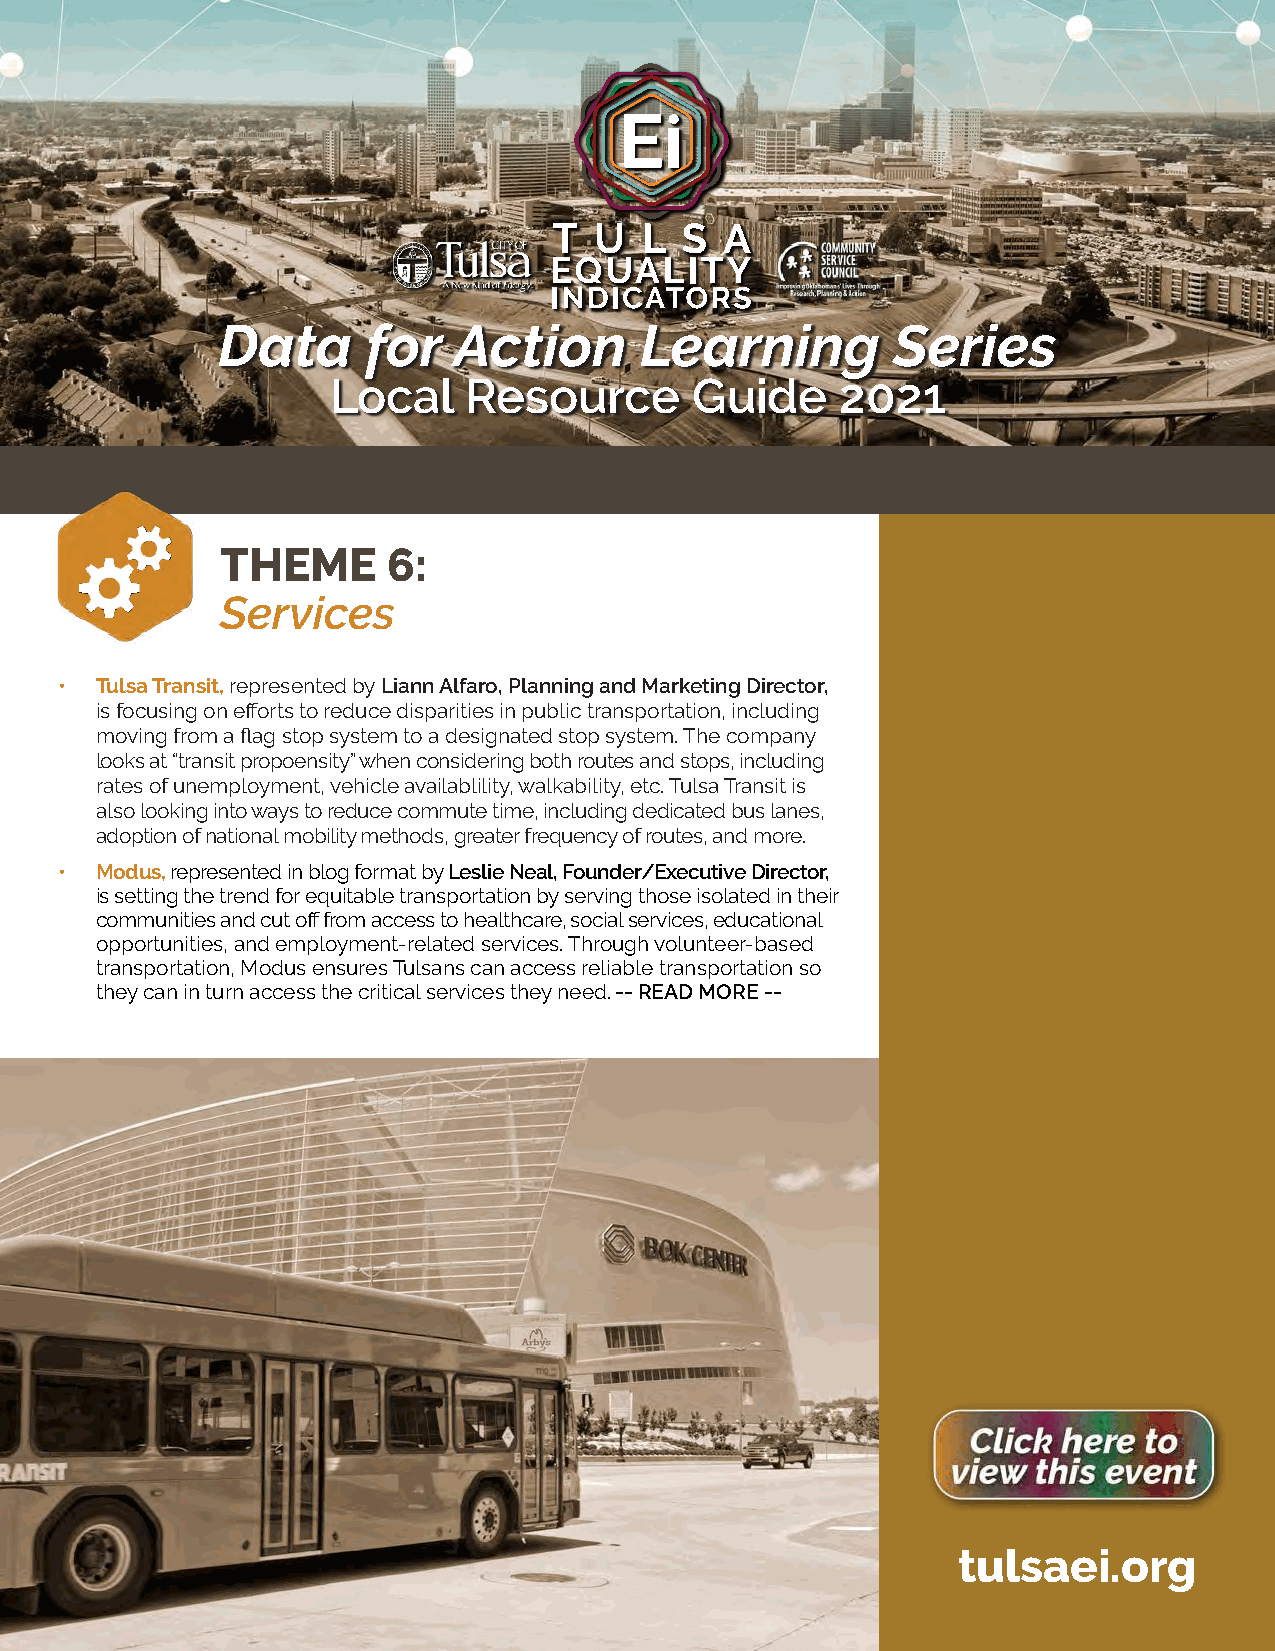
Data      for   Action      Learning         Series
 Local    Resource       Guide     2021
 THEME      6:
 Services
 • Tulsa Transit, represented by Liann Alfaro, Planning and Marketing Director,
 is focusing on efforts to reduce disparities in public transportation, including
 moving from a flag stop system to a designated stop system. The company
 looks at “transit propoensity” when considering both routes and stops, including
 rates of unemployment, vehicle availablility, walkability, etc. Tulsa Transit is
 also looking into ways to reduce commute time, including dedicated bus lanes,
 adoption of national mobility methods, greater frequency of routes, and more.
 • Modus, represented in blog format by Leslie Neal, Founder/Executive Director,
 is setting the trend for equitable transportation by serving those isolated in their
 communities and cut off from access to healthcare, social services, educational
 opportunities, and employment-related services. Through volunteer-based
 transportation, Modus ensures Tulsans can access reliable transportation so
 they can in turn access the critical services they need. -- READ MORE --
 tulsaei.org